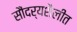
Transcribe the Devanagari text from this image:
सौंदर्यशैलीत